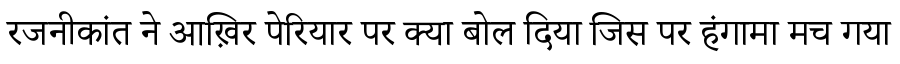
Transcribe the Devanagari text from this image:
रजनीकांत ने आख़िर पेरियार पर क्या बोल दिया जिस पर हंगामा मच गया